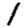
Digit: 1